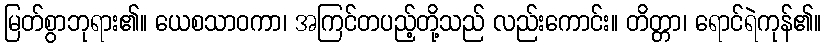
မြတ်စွာဘုရား၏။ ယေစသာဝကာ၊ အကြင်တပည့်တို့သည် လည်းကောင်း။ တိတ္တာ၊ ရောင်ရဲကုန်၏။